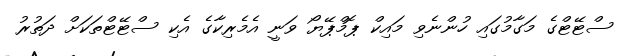
ސްޓޭޓްގެ މަގާމުގައި ހުންނެވި މައިކް ޕޮމްޕޭޔޯ ވަނީ އެމެރިކާގެ އެކި ސްޓޭޓްތަކަށް ދަތުރު